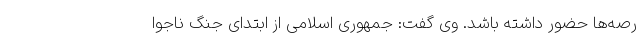
رصه‌ها حضور داشته باشد. وی گفت: جمهوری اسلامی از ابتدای جنگ ناجوا